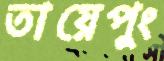
তায়েপুং